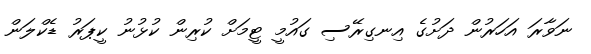
ނަވާރަ އަހަރުން ދަށުގެ އިނގިރޭސި ގައުމީ ޓީމަށް ކުރިން ކުޅުނު ކީޕަރު ޑެކްލަން